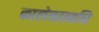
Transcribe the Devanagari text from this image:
कालेनात्मनि